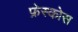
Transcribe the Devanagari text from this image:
फ्रेस्कोस